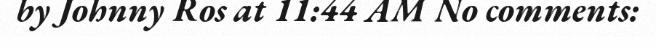
by Johnny Ros at 11:44 AM No comments: